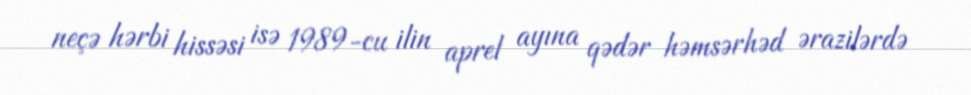
neçə hərbi hissəsi isə 1989-cu ilin aprel ayına qədər həmsərhəd ərazilərdə